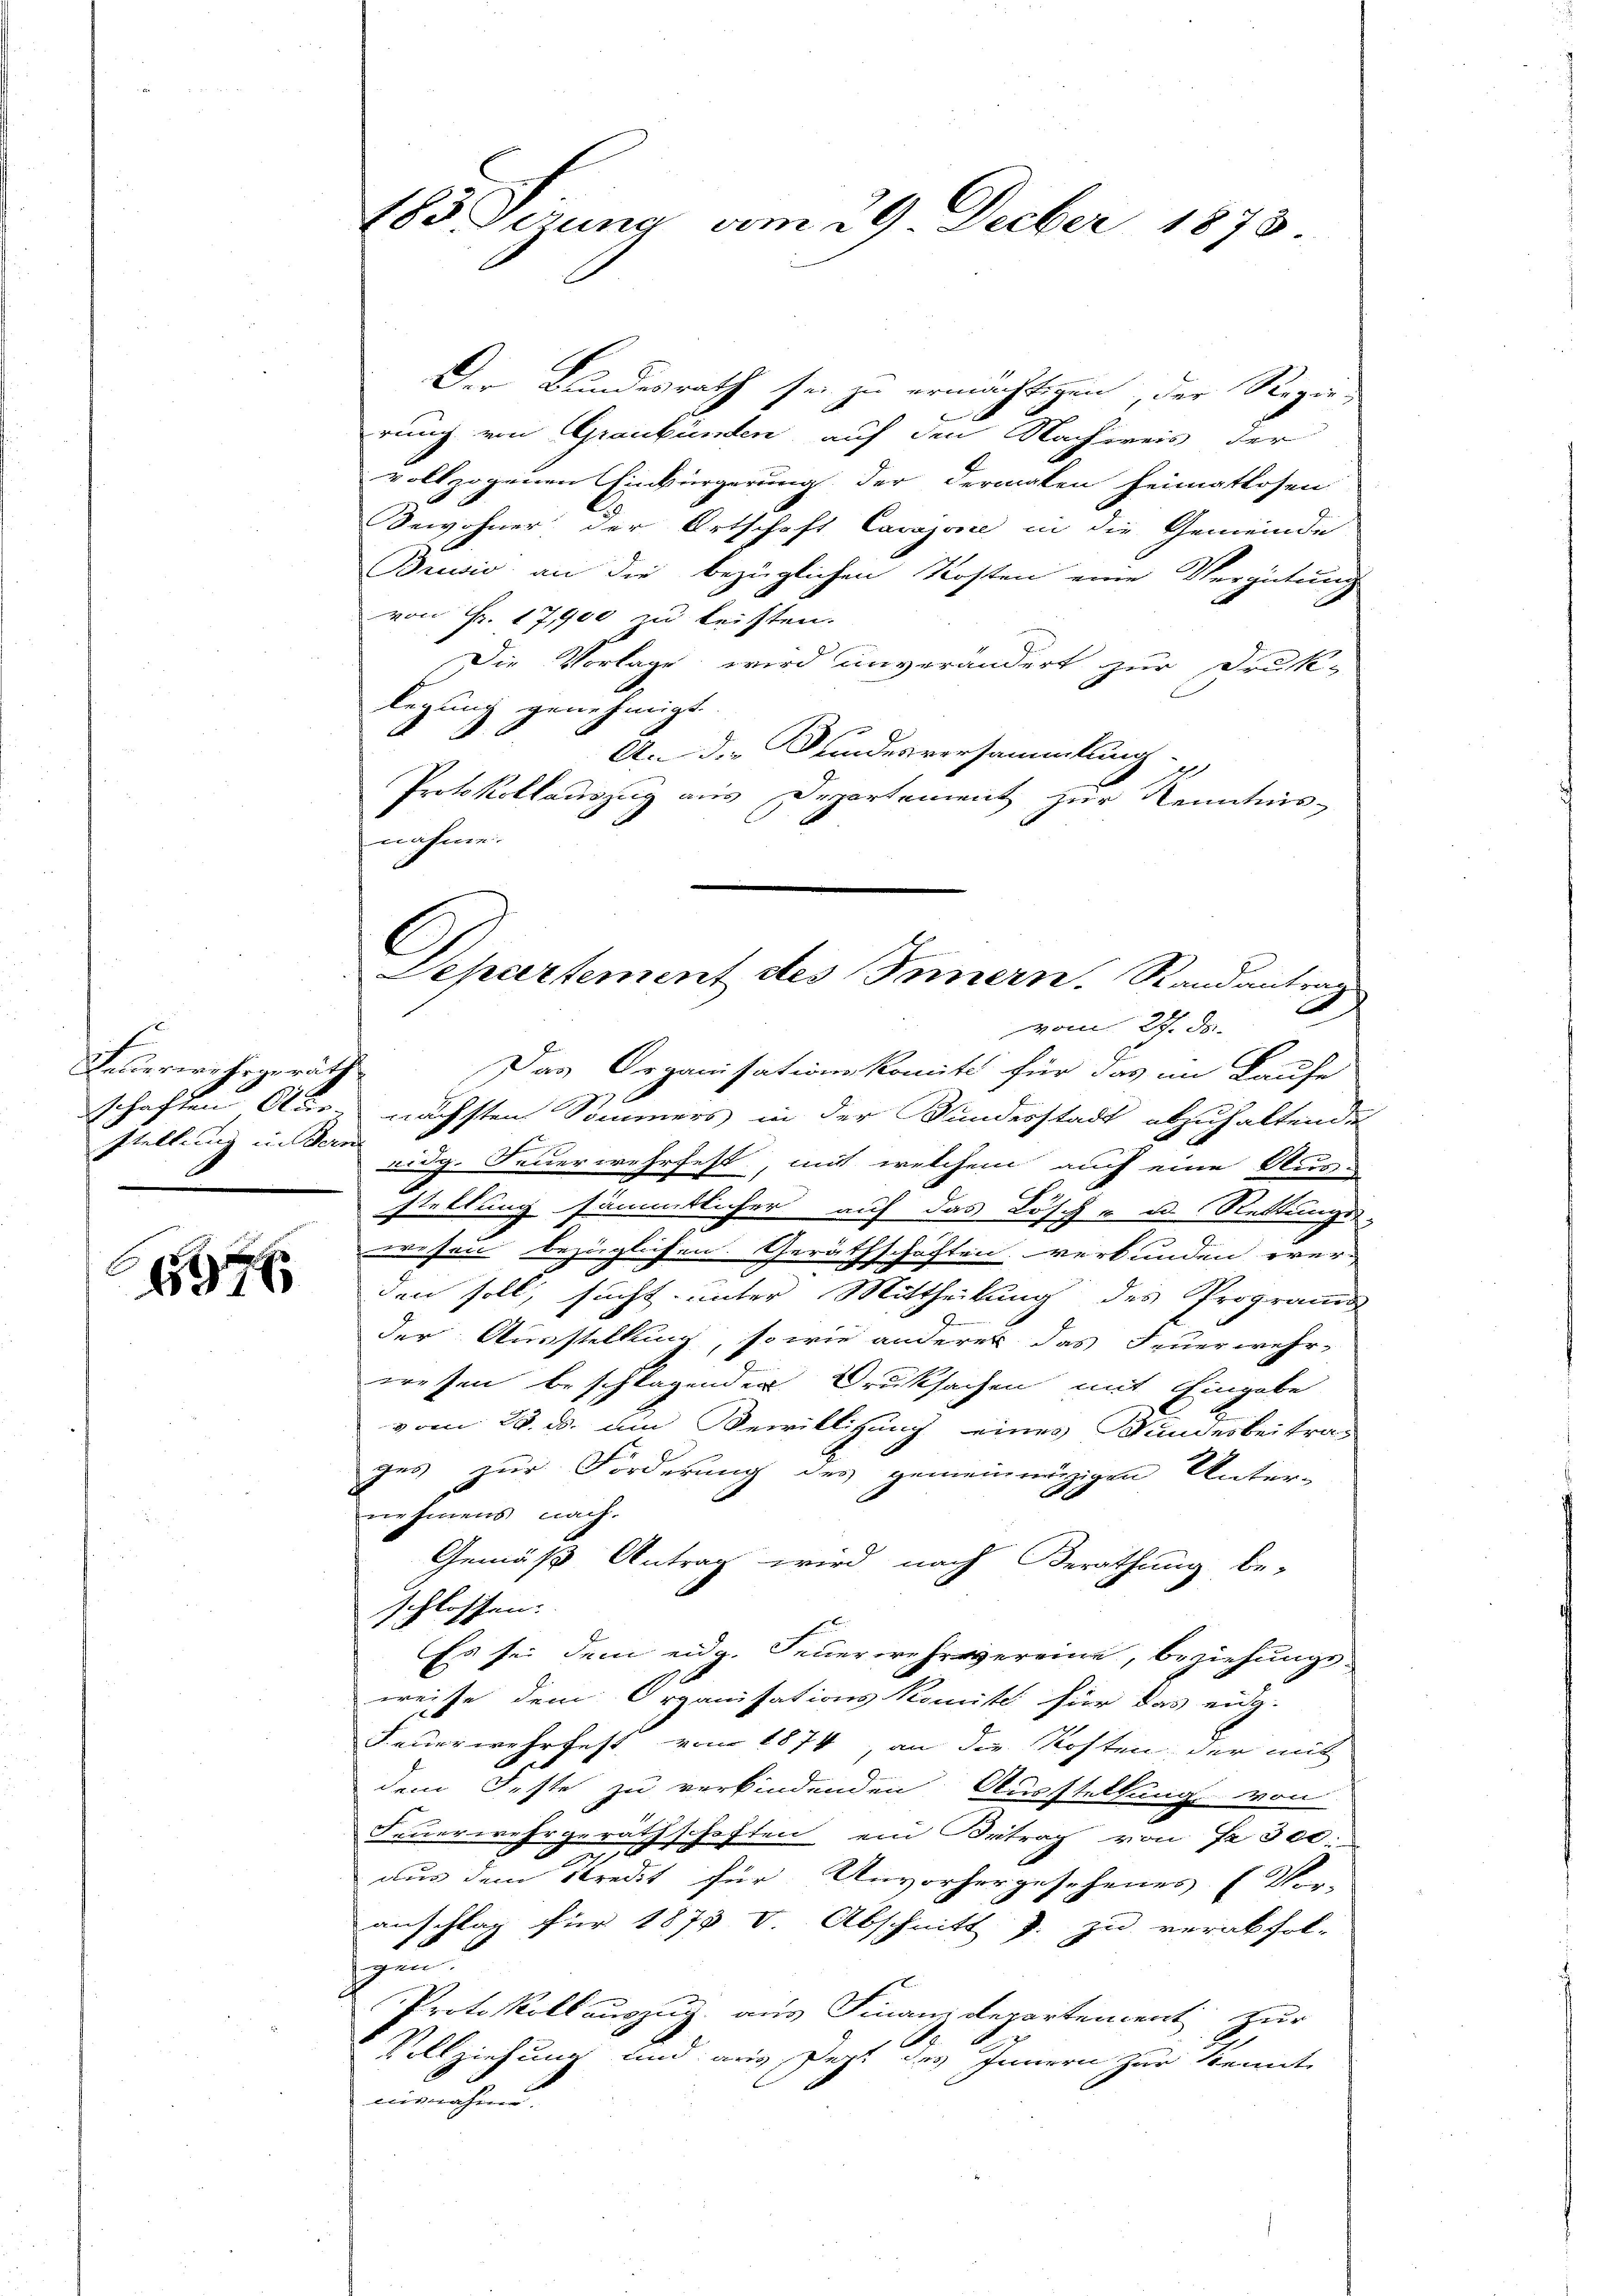
Felderwehrgeräth
schaften Abe
stellung in Sein

6946

Der Bundesrath sei zu ermächtigen der Regierung von Graubünden, auf den Nachweis der
vollzogenen Einbürgerung der dermalen heimatlosen
Bewohner der Ortschaft Cavajone in die Gemeinde
Brević an die bezüglichen Kosten eine Vergütung
von Fr. 17,900 zu leisten.
Die Vorlage wird unverändert zur Druk-
legung genehmigt.
An der Bundesversammlung
Protokollauszug aus Departement zur Kenntnis-
nahme.

183 Verung vom 29. Decber 1878

stellung sämmtlicher auf das Lösch - u. Rettungs-
wesen bezüglichen Geräthschaften verbunden ver-
den soll, sucht unter Mittheilung des Program
der Ausstellung, so wie anderer das Feuerwehr-
wesen beschlagender Druksachen mit Eingabe
vom 28. ds. ein Bewilligung eines Kundesbeitrag
ges zur Forderung des gemeinenzigen Unter-
me hinters nach,
Gemäß Antrag wird nach Berathung be-
schlossen.
Es sei dem eidg. Feuerwehrvereine, beziehungsweise dem Organisationskomite für das eidg.
Feuerwehrfest von 1874, an die Kosten der mit
dem Feste zu verbindenden Ausstellung von
Feuerwehrgeräthschaften ein Betrag von Fr. 300.
2
aus dem Stredit für Unvorhergesehenes f
anschlag für 1875 V. Abschnitt p. zu verabfol-
u
Protokoll auszug aus Finanzdepartement zur
Vollziehung und aus Pest des Innern zur Kennt
misnahme.

C
Departement des Innern. Randantrag
A
vom 27. d.
Das Organisationskomite für das im Laufe
nächsten Sommers in der Bundesstadt abzuhaltende
ridg. Feuerwehrfest, mit welchem auch eine Auszu